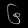
Digit: ၆